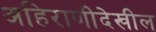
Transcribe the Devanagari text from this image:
अहिराणीदेखील